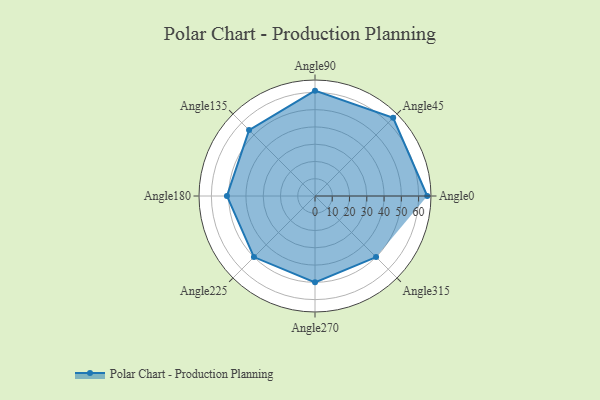
{"axis": {"x": "Angle", "y": "Radius"}, "legend": [""], "data": [{"x": "Angle0", "y": 65.0, "type": ""}, {"x": "Angle45", "y": 64.0, "type": ""}, {"x": "Angle90", "y": 61.0, "type": ""}, {"x": "Angle135", "y": 54.0, "type": ""}, {"x": "Angle180", "y": 51.0, "type": ""}, {"x": "Angle225", "y": 50, "type": ""}, {"x": "Angle270", "y": 50, "type": ""}, {"x": "Angle315", "y": 50, "type": ""}]}